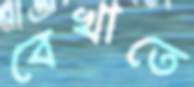
বেখাতে